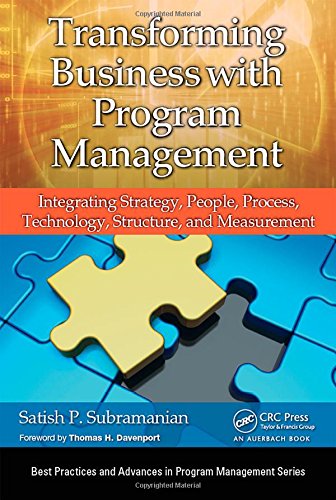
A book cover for Transforming Business with Program Management: Integrating Strategy, People, Process, Technology, Structure, and Measurement (Best Practices and Advances in Program Management Series); Satish P. Subramanian; Business & Money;